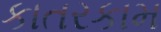
કાતરકામ